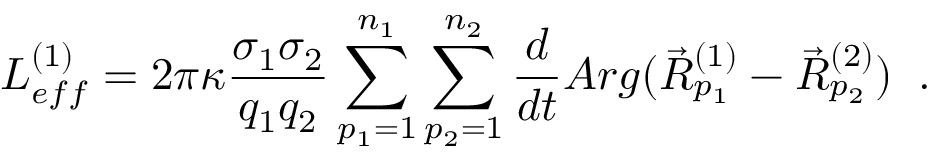
L _ { e f f } ^ { ( 1 ) } = 2 \pi \kappa \frac { \sigma _ { 1 } \sigma _ { 2 } } { q _ { 1 } q _ { 2 } } \sum _ { p _ { 1 } = 1 } ^ { n _ { 1 } } \sum _ { p _ { 2 } = 1 } ^ { n _ { 2 } } \frac { d } { d t } A r g ( \vec { R } _ { p _ { 1 } } ^ { ( 1 ) } - \vec { R } _ { p _ { 2 } } ^ { ( 2 ) } ) \; \; .